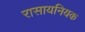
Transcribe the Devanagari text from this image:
रासायनियक